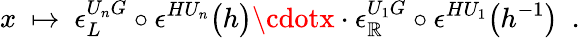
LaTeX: x\ \mapsto\ \epsilon_{L}^{U_{n}G}\circ\epsilon^{HU_{n}}\bigl(h\bigr)\cdotx\cdot\epsilon_{\mathbb{R}}^{U_{1}G}\circ\epsilon^{HU_{1}}\bigl(h^{-1}\bigr)\ \ .